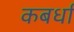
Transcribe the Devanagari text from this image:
कबर्धा